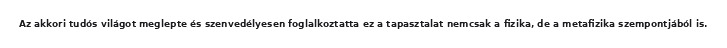
Az akkori tudós világot meglepte és szenvedélyesen foglalkoztatta ez a tapasztalat nemcsak a fizika, de a metafizika szempontjából is.